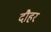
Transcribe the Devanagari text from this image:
दौहर